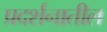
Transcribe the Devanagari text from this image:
प्रदर्शनातील